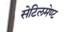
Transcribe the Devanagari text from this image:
सेटिलमेण्ट